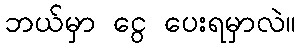
ဘယ်မှာ ငွေ ပေးရမှာလဲ။